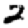
Digit: 2